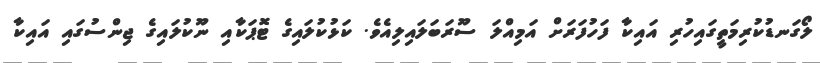
ލޯގަނޑުކުރިމަތީގައިހުރި އައިކާ ފަހުފަރަށް އަމިއްލަ ސޫރަބަލައިލިއެވެ. ކަޅުކުލައިގެ ޓޮޕަކާއި ނޫކުލައިގެ ޖިންސުގައި އައިކާ